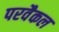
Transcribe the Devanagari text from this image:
परवैकल